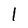
Character: l